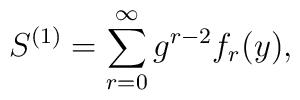
S^{(1)} = \sum_{r=0}^\infty g^{r-2} f_r(y),